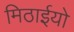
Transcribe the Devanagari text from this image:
मिठाईयो